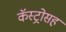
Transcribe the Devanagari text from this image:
कॅस्ट्रोसह